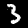
Label: 3